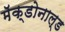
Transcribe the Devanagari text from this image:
मॅक्डोनाल्ड